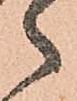
ゝ